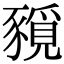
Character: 𧱻